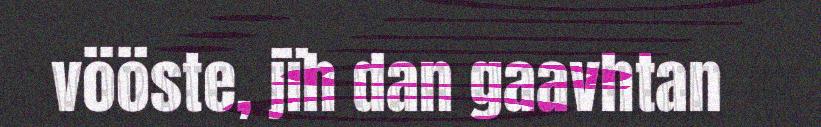
vööste, jïh dan gaavhtan